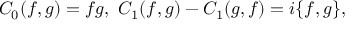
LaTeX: C _ { 0 } ( f , g ) = f g , \ C _ { 1 } ( f , g ) - C _ { 1 } ( g , f ) = i \{ f , g \} ,